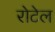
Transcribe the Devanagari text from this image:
रोटेल